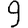
Digit: 9